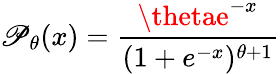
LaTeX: \mathscr{P}_{\theta}(x)={\frac{{\thetae^{-x}}}{{(1+e^{-x})^{\theta+1}}}}